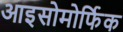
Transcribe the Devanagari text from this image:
आइसोमोर्फिक